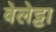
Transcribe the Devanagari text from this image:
वेलेट्टा